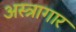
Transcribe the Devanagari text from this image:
अस्त्रागार